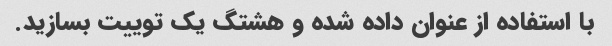
با استفاده از عنوان داده شده و هشتگ یک توییت بسازید.